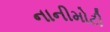
નાનીમોટી